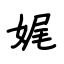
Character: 娓